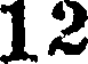
12